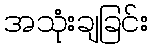
အသုံးချခြင်း